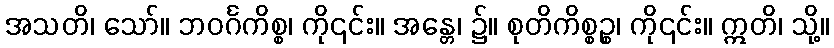
အသတိ၊ သော်။ ဘဝင်္ဂကိစ္စ၊ ကို၎င်း။ အန္တေ၊ ၌။ စုတိကိစ္စဉ္စ၊ ကို၎င်း။ ဣတိ၊ သို့။